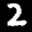
Label: 2